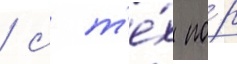
/ с т'е́х по́р